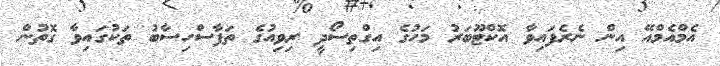
އެމްއެމްއޭ އިން ނެރެފައިވާ އޮކްޓޫބަރު މަހުގެ އިގްތިސޯދީ ރިވިއުގެ ތަފާސްހިސާބު ތަކުގައިވާ ގޮތުން